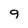
Character: 9